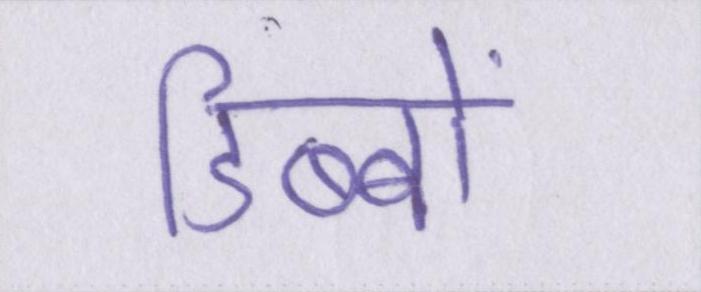
डिब्बों